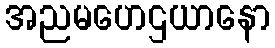
အညမဟေဌယာနော